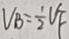
V _ { B } = \frac { 1 } { 2 } V F